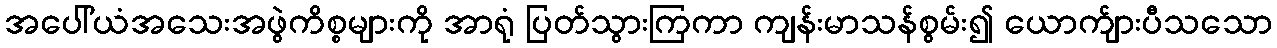
အပေါ်ယံအသေးအဖွဲကိစ္စများကို အာရုံ ပြတ်သွားကြကာ ကျန်းမာသန်စွမ်း၍ ယောက်ျားပီသသော